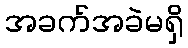
အခက်အခဲမရှိ